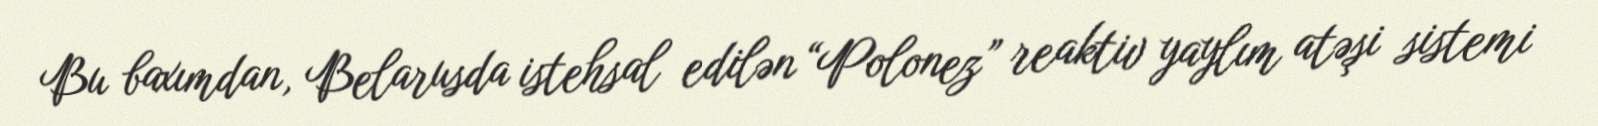
Bu baxımdan, Belarusda istehsal edilən “Polonez” reaktiv yaylım atəşi sistemi